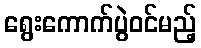
ရွေးကောက်ပွဲဝင်မည့်